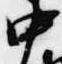
中